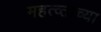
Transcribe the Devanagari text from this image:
महत्व्ताच्या